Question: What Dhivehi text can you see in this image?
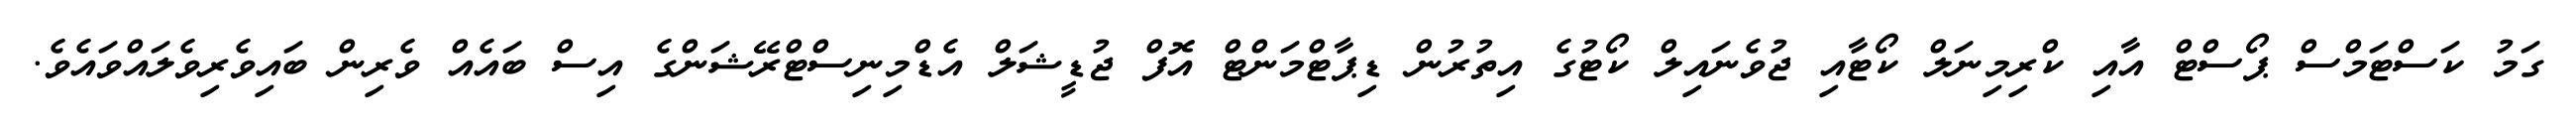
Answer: ގަމު ކަސްޓަމްސް ޕޯސްޓް އާއި ކްރިމިނަލް ކޯޓާއި ޖުވެނައިލް ކޯޓުގެ އިތުރުން ޑިޕާޓްމަންޓް އޮފް ޖުޑީޝަލް އެޑްމިނިސްޓްރޭޝަންގެ އިސް ބައެއް ވެރިން ބައިވެރިވެލައްވައެވެ.